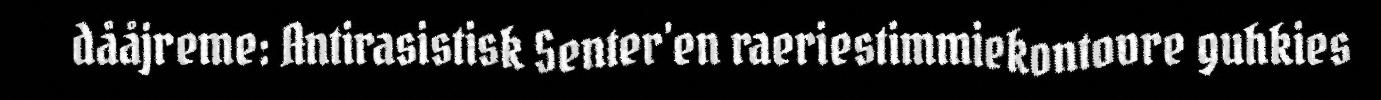
dååjreme: Antirasistisk Senter'en raeriestimmiekontovre guhkies